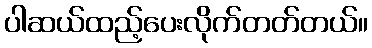
ပါဆယ်ထည့်ပေးလိုက်တတ်တယ်။